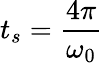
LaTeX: t_{s}=\frac{4\pi}{\omega_{0}}